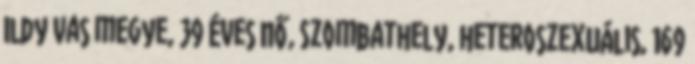
Ildy Vas megye, 39 éves nő, Szombathely, heteroszexuális, 169